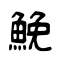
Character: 鮸